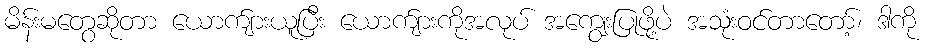
မိန်းမတွေဆိုတာ ယောက်ျားယူပြီး ယောက်ျားကိုအလုပ် အကျွေးပြုဖို့ပဲ အသုံးဝင်တာတော့်၊ ဒါကို